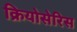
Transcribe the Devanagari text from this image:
क्रियोसेरिस